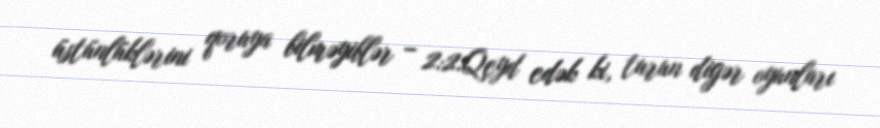
üstünlüklərini qoruya bilməyiblər – 2:2.Qeyd edək ki, turun digər oyunları